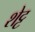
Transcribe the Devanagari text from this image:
शेट्ट